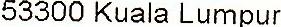
53300 KUALA LUMPUR